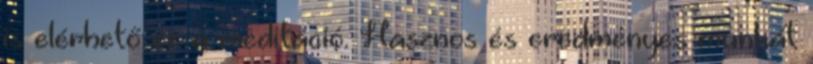
is elérhető ez a meditáció. Hasznos és eredményes munkát